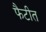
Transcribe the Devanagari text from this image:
फैटीत